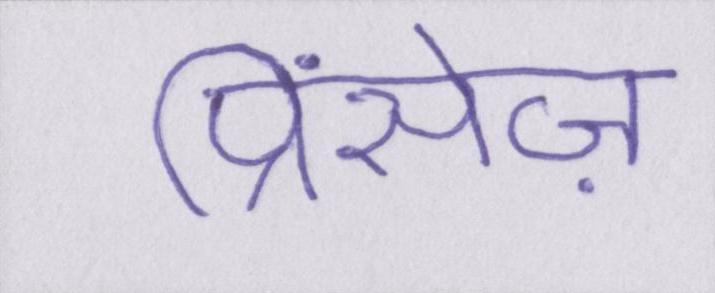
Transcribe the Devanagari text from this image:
प्रिंसेज़